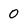
Character: 0